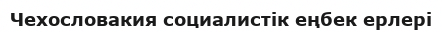
Чехословакия социалистік еңбек ерлері